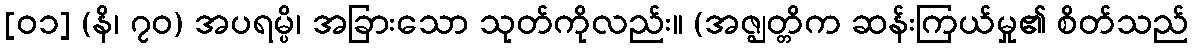
[၀၁] (နိ၊ ၇၀) အပရမ္ပိ၊ အခြားသော သုတ်ကိုလည်း။ (အဇ္ဈတ္တိက ဆန်းကြယ်မှု၏ စိတ်သည်